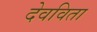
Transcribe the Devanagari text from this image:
देवविता